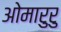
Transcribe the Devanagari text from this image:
ओमारुरु